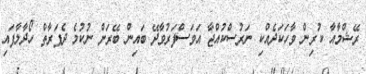
ރޭޝްމާއާ ކުރިން ވާހަކަދެއްކި ނަރުސްކުއްޖާ އަވަސްފަރުވާދޭ ބައިން ބޭރަށް ނުކުމެ ދެފަރާތް ހޯދާލާފައި